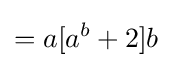
=a[a^{b}+2]b